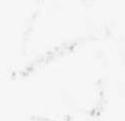
ハ